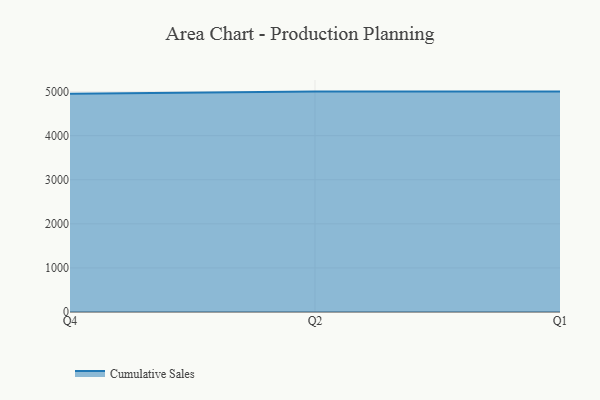
{"axis": {"x": "Quarter", "y": "Energy Usage (MWh)"}, "legend": ["Cumulative Sales"], "data": [{"x": "Q4", "y": 4953.0, "type": "Cumulative Sales"}, {"x": "Q2", "y": 5000, "type": "Cumulative Sales"}, {"x": "Q1", "y": 5000, "type": "Cumulative Sales"}]}